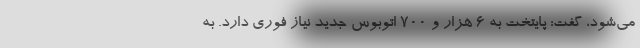
می‌شود، گفت: پایتخت به ۶ هزار و ۷۰۰ اتوبوس جدید نیاز فوری دارد. به